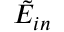
\tilde { E } _ { i n }